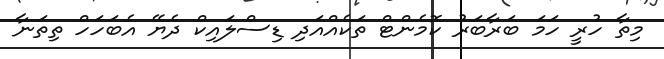
މިތާ ހުރީ ހަމަ ބަރާބަރު ކޮމެންޓް ތަކެއްއަދި ޑިސްލައިކް ދެޔޭ އެބަހަހް ތިތަނާ